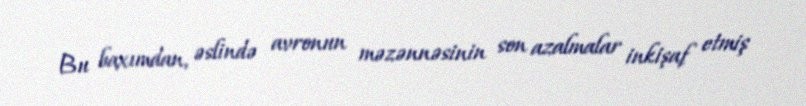
Bu baxımdan, əslində avronun məzənnəsinin son azalmalar inkişaf etmiş